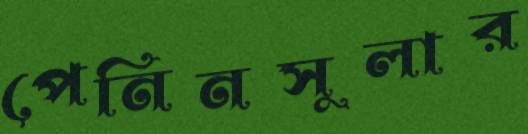
পেনিনসুলার